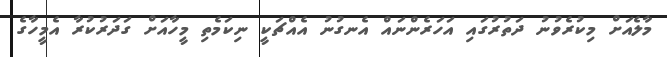
މާލެއަށް މިކުރެވުނު ދަތުރުގައި އަހަރެންނައް އެނގުނު އެއްޗަކީ ނިކަމެތި މީހާއަށް ގަދަރުކުރާ އެމީހާގެ